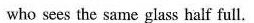
who sees the same glass half full.